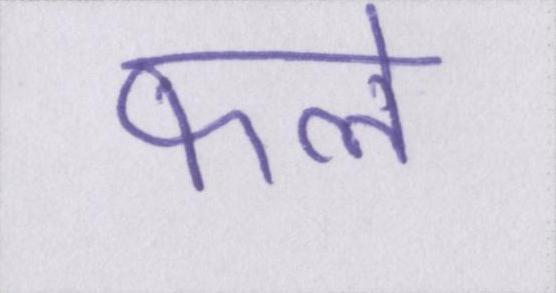
फले